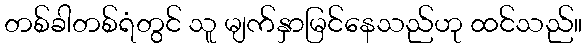
တစ်ခါတစ်ရံတွင် သူ မျက်နှာမြင်နေသည်ဟု ထင်သည်။